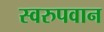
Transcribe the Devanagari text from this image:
स्वरुपवान